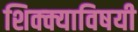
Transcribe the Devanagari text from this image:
शिक्क्याविषयी